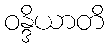
ဝန္ဒိယာတိ